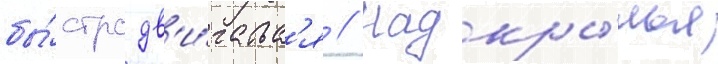
бы́стро дв'и́гатьс'я // Надкры́лья